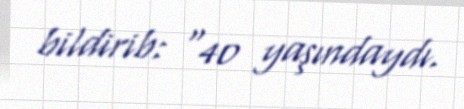
bildirib: “40 yaşındaydı.